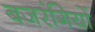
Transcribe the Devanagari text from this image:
बजरंगियों